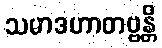
သမာဒဟာတဗ္ဗန္တိ